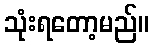
သုံးရတော့မည်။